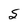
Character: S